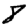
Digit: 8